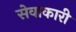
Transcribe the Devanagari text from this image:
सेवाकारी